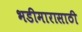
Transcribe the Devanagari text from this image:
भडीमारासाठी